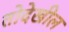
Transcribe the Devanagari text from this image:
तोदेखील